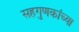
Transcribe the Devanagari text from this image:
सहगुणकांच्या